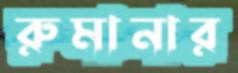
রুমানার